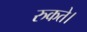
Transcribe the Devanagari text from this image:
रुकते।